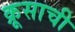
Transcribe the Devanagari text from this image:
क्रूसाची